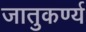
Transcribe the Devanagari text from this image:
जातुकर्ण्य